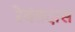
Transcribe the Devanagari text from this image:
रेवंतदास